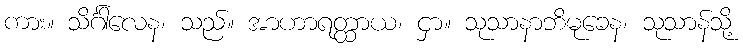
ကား။ သိင်္ဂါလေန၊ သည်။ အာဟာရတ္ထာယ၊ ငှာ။ သုသာနာဘိမုခေန၊ သုသာန်သို့